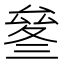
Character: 𠬄